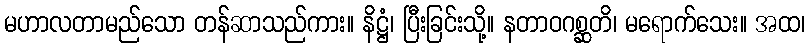
မဟာလတာမည်သော တန်ဆာသည်ကား။ နိဋ္ဌံ၊ ပြီးခြင်းသို့။ နတာဝဂစ္ဆတိ၊ မရောက်သေး။ အထ၊